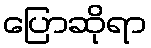
ပြောဆိုရာ